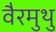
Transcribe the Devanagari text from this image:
वैरमुथु